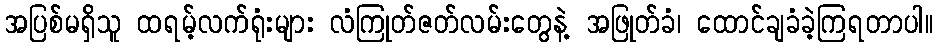
အပြစ်မရှိသူ ထရမ့်လက်ရုံးများ လံကြုတ်ဇတ်လမ်းတွေနဲ့ အဖြုတ်ခံ၊ ထောင်ချခံခဲ့ကြရတာပါ။